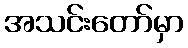
အသင်းတော်မှာ